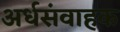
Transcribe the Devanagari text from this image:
अर्धसंवाहक